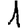
Digit: 1